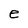
Character: e